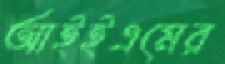
আইইএমের